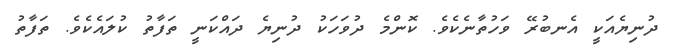
ދުނިޔެއަކީ އެނބުރޭ ވަހުތާނެކެވެ. ކޮންމެ ދުވަހަކު ދުނިޔެ ދައްކަނީ ތަފާތު ކުލައެކެވެ. ތަފާތު